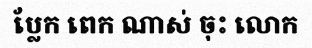
ប្លែក ពេក ណាស់ ចុះ លោក